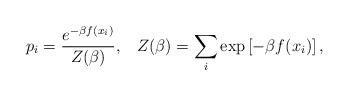
LaTeX: \begin{align*}p_i={{e^{-\beta f(x_i)}} \over {Z(\beta )}}, \,\,\,\,\,Z(\beta )=\sum\limits_{i} {\exp \left[ {-\beta f(x_i)}\right],} \end{align*}